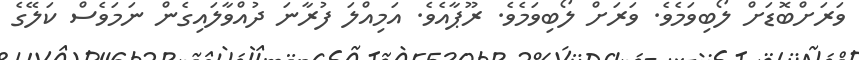
ވަރަށްބޮޑަށް ލޯބިވަމެވެ. ވަރަށް ލޯބިވަމެވެ. ރޫޕާއެވެ. އަމިއްލަ ފުރާނަ ދުއްވާލައިގެން ނަމަވެސް ކަލޭގެ